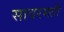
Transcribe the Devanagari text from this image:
सावरमती